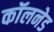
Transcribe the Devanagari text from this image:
कॉलनेड